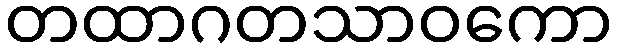
တထာဂတသာဝကော